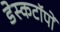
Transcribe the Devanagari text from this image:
डेस्कटॉपों